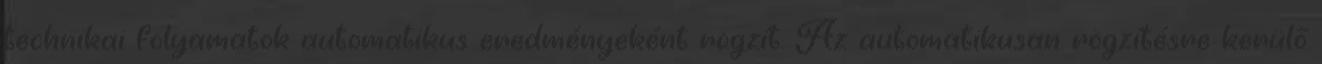
technikai folyamatok automatikus eredményeként rögzít. Az automatikusan rögzítésre kerülő